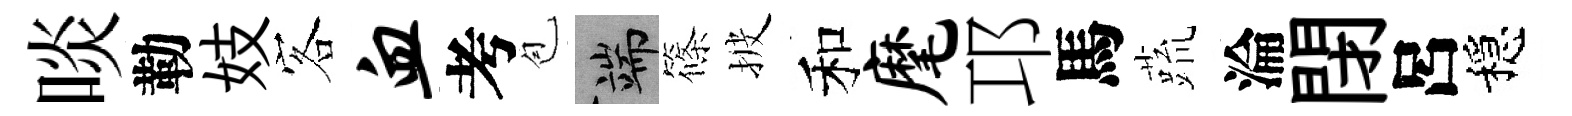
啖勒妓客血考苞端篠披和麾邛馬蔬淪閉呂穩